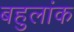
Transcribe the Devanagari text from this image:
बहुलांक